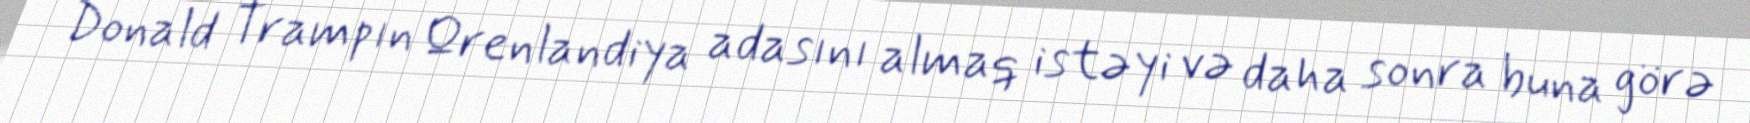
Donald Trampın Qrenlandiya adasını almaq istəyi və daha sonra buna görə